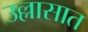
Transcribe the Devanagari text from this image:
उल्लासात